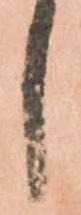
し